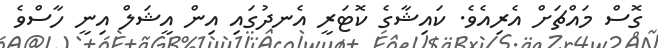
ގޮސް މައްޗަށް އެރިއެވެ. ކައިޝާގެ ކޮޓަރީ އެނދުގައި އިން އީޝަލް އިނީ ހާސްވެ